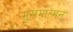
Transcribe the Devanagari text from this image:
मुखमात्मनः